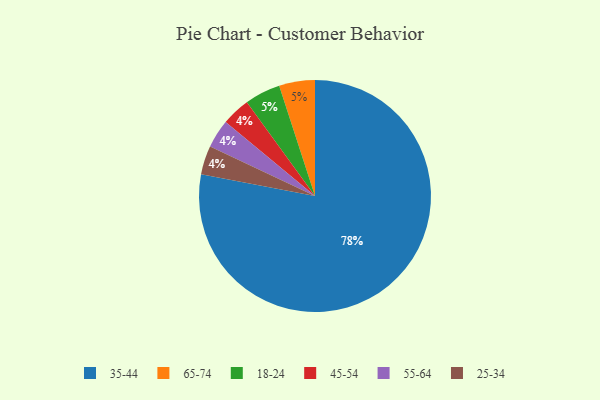
{"axis": {"x": "Category", "y": "Percentage"}, "legend": ["18-24", "25-34", "35-44", "45-54", "55-64", "65-74"], "data": [{"x": "65-74", "y": 5, "type": "65-74"}, {"x": "45-54", "y": 4, "type": "45-54"}, {"x": "55-64", "y": 4, "type": "55-64"}, {"x": "18-24", "y": 5, "type": "18-24"}, {"x": "25-34", "y": 4, "type": "25-34"}, {"x": "35-44", "y": 78, "type": "35-44"}]}